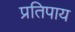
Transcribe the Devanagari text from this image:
प्रतिपाय